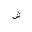
Letter: _shin